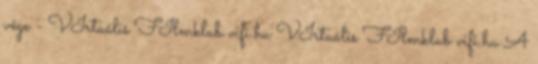
vége - VIrtuális FIlmklub vifi.hu VIrtuális FIlmklub vifi.hu A